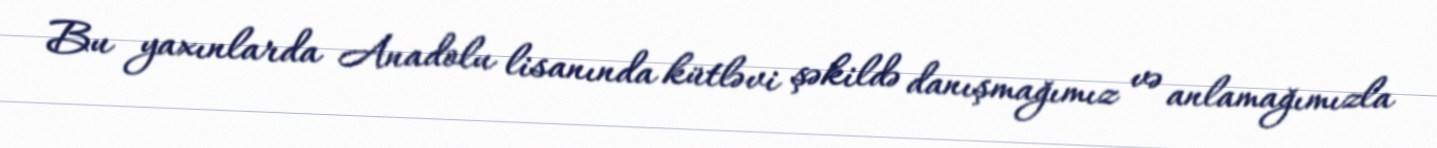
Bu yaxınlarda Anadolu lisanında kütləvi şəkildə danışmağımız və anlamağımızla